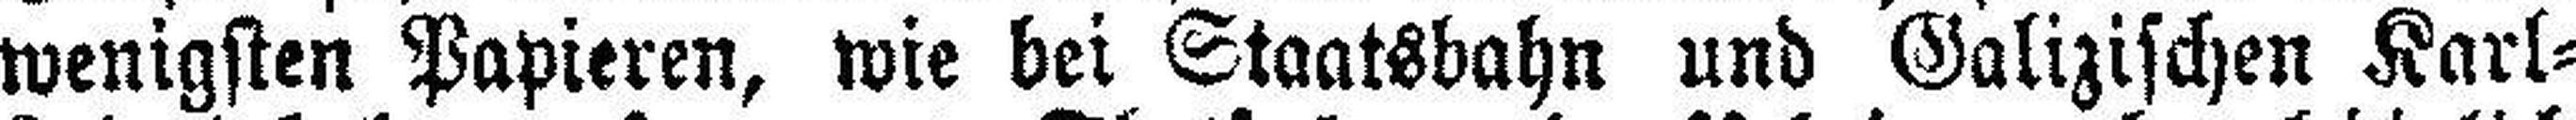
wenigsten Papieren, wie bei Staatsbahn und Galizischen Karl=